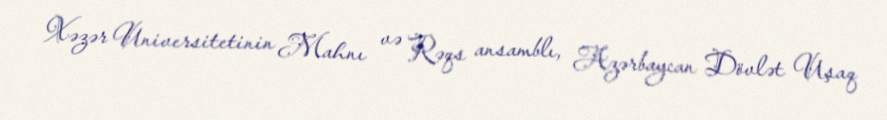
Xəzər Universitetinin Mahnı və Rəqs ansamblı, Azərbaycan Dövlət Uşaq